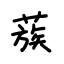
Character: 蔟